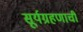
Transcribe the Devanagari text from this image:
सूर्यग्रहणाची